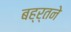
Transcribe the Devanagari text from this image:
बह्र्तने